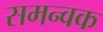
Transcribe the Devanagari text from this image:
समन्वक